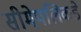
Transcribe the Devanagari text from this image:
सीमेपलिकडे